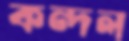
কন্দল